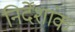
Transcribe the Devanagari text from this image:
निर्देंशांक